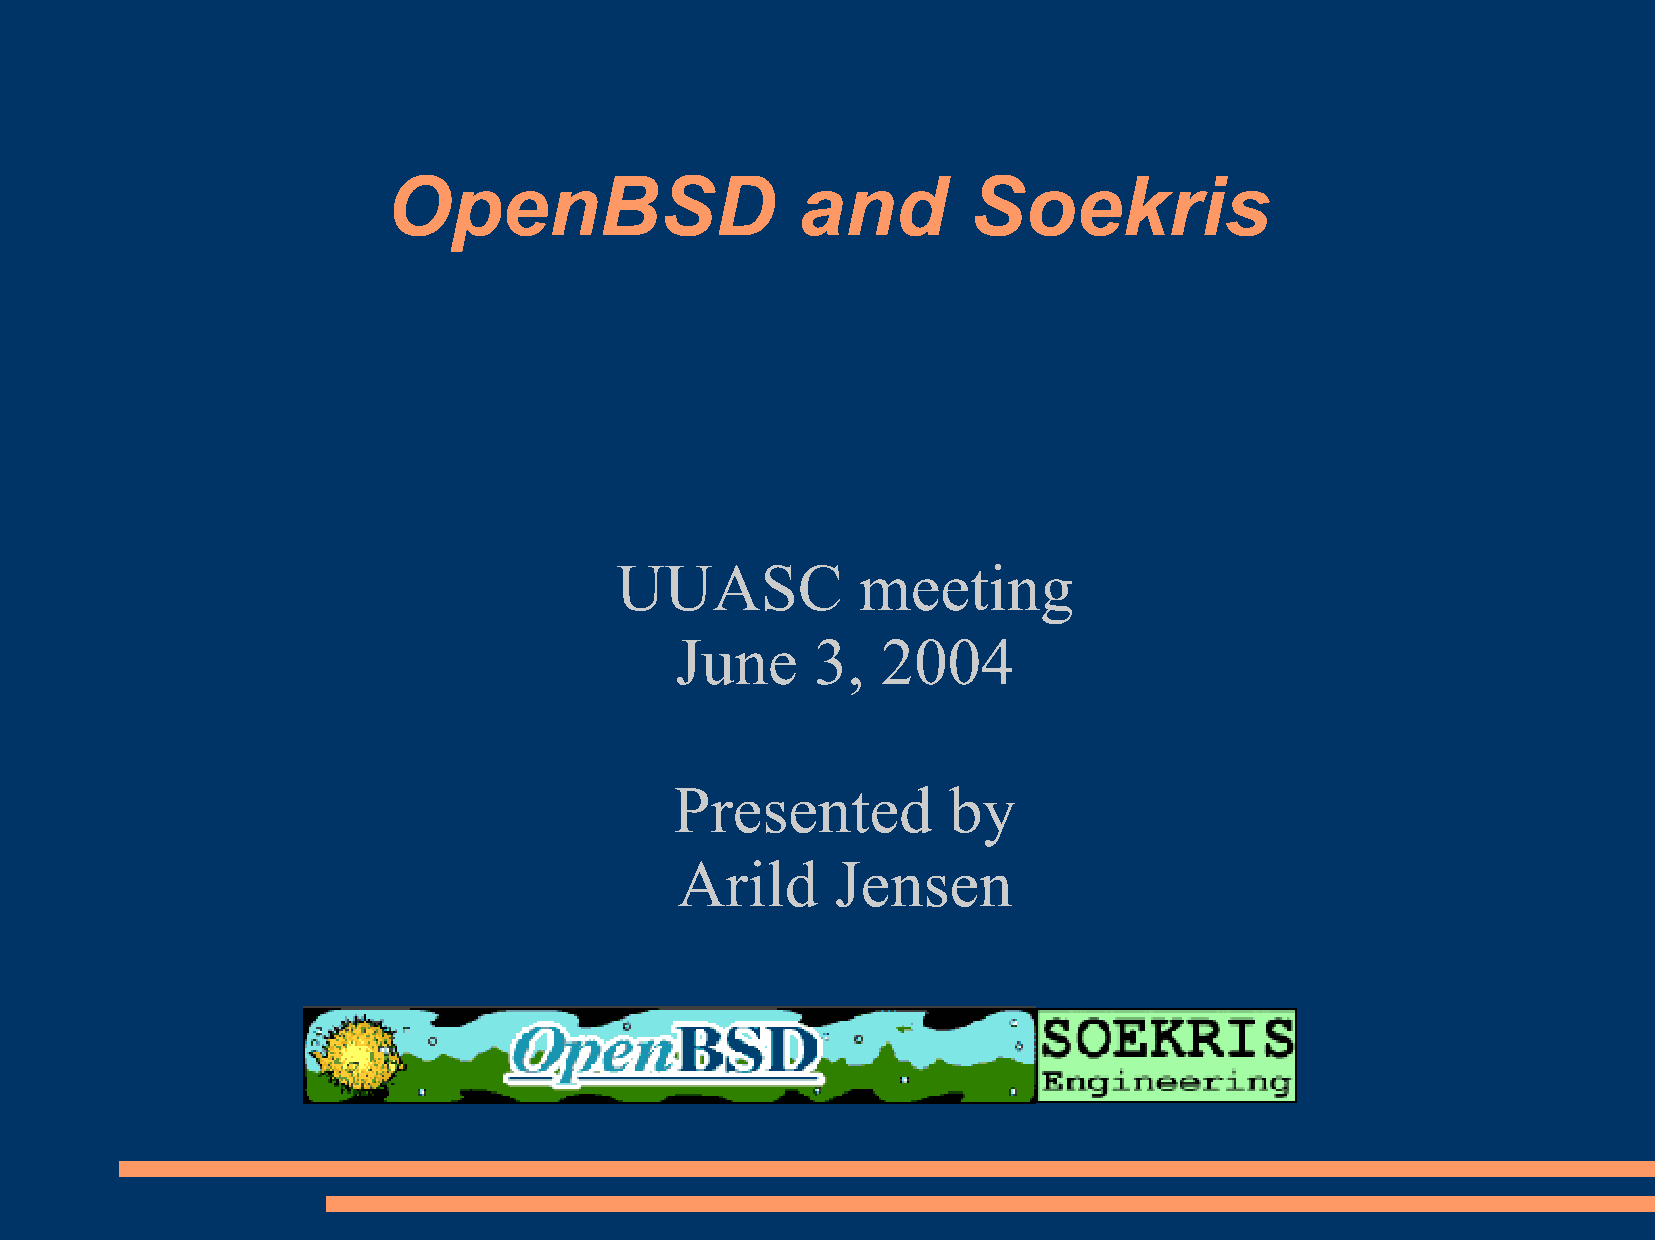
OpenBSD                    and        Soekris
 UUASC           meeting
 June     3,  2004
 Presented         by
 Arild     Jensen